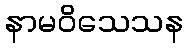
နာမဝိသေသန